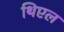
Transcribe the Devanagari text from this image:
थिएल